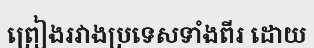
ព្រៀងរវាងប្រទេសទាំងពីរ ដោយ